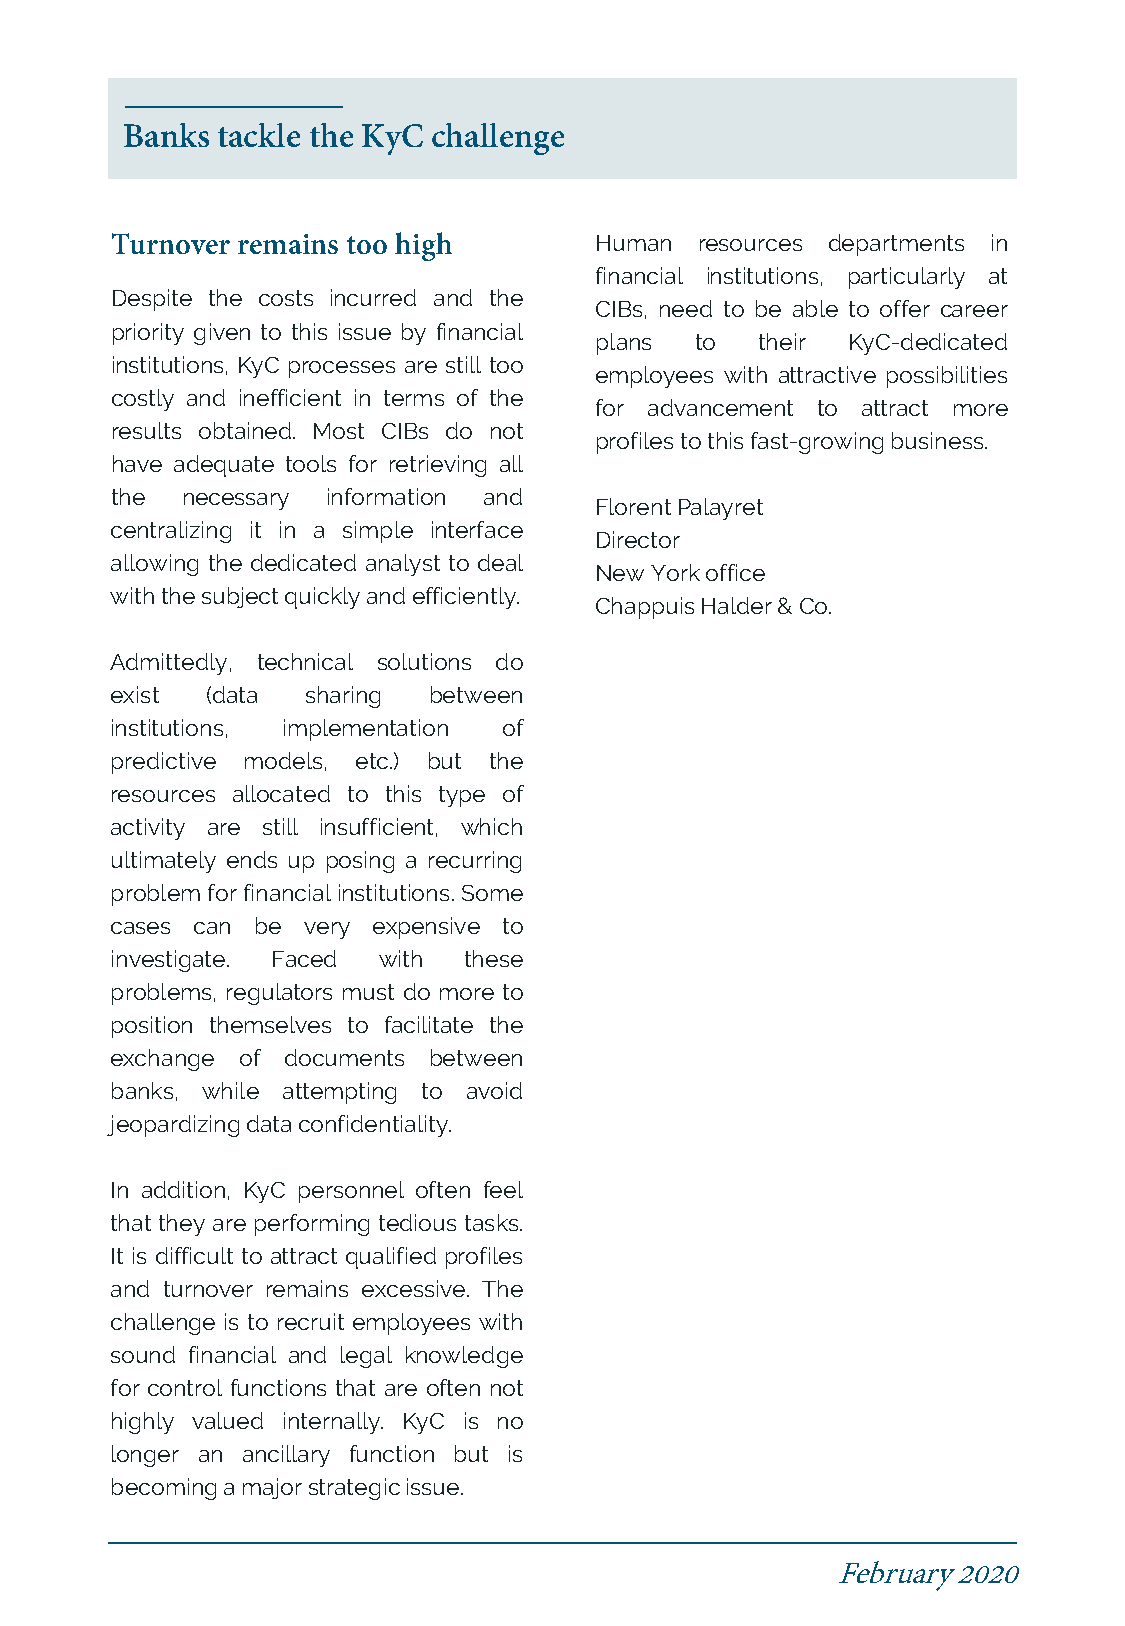
Banks tackle the KyC challenge
 Turnover remains too high       Human  resources departments in
 financial institutions, particularly at
 Despite the costs incurred and the
 CIBs, need to be able to offer career
 priority given to this issue by financial
 plans  to  their KyC-dedicated
 institutions, KyC processes are still too
 employees with attractive possibilities
 costly and inefficient in terms of the
 for advancement to attract more
 results obtained. Most CIBs do not
 profilestothisfast-growingbusiness.
 have adequate tools for retrieving all
 the  necessary information and
 FlorentPalayret
 centralizing it in a simple interface
 Director
 allowing the dedicated analyst to deal
 NewYorkoffice
 withthesubjectquicklyandefficiently.
 ChappuisHalder&Co.
 Admittedly, technical solutions do
 exist  (data sharing between
 institutions, implementation of
 predictive models, etc.) but the
 resources allocated to this type of
 activity are still insufficient, which
 ultimately ends up posing a recurring
 problem forfinancial institutions.Some
 cases can be very expensive to
 investigate. Faced with these
 problems, regulators must do more to
 position themselves to facilitate the
 exchange of documents between
 banks, while attempting to avoid
 jeopardizingdataconfidentiality.
 In addition, KyC personnel often feel
 that they are performing tedious tasks.
 It is difficult to attract qualified profiles
 and turnover remains excessive. The
 challenge is to recruit employees with
 sound financial and legal knowledge
 for control functions that are often not
 highly valued internally. KyC is no
 longer an ancillary function but is
 becomingamajorstrategicissue.
 February2020